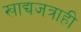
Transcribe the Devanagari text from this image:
खाद्यजत्राही